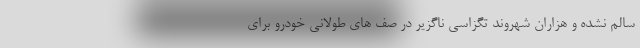
سالم نشده و هزاران شهروند تگزاسی ناگزیر در صف های طولانی خودرو برای